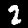
Digit: 2